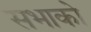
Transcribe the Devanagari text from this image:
सभाको